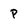
Character: p